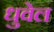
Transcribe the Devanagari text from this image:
धुवेल